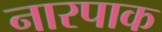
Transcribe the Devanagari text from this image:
नारपाक